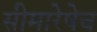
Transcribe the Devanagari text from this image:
सीमारेषेच